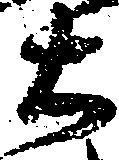
右